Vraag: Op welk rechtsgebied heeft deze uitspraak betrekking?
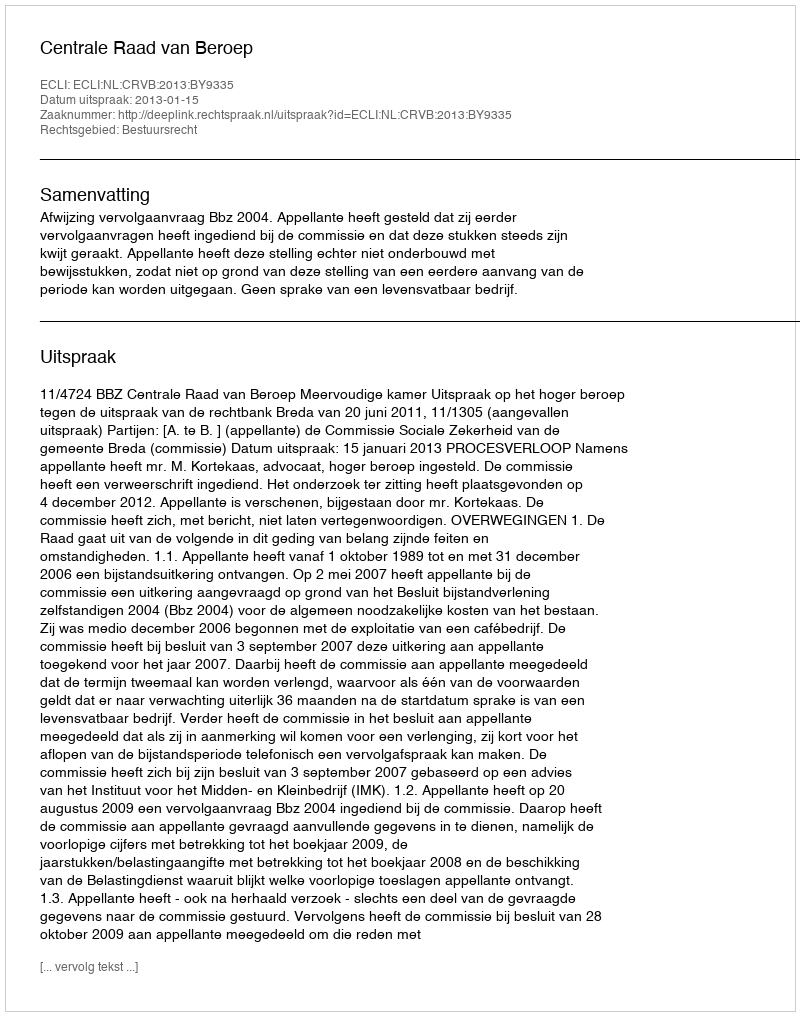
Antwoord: Bestuursrecht